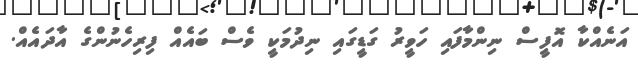
އަނެއްކާ އޮފީސް ނިންމާފައި ހަވީރު ގަޑީގައި ނިދުމަކީ ވެސް ބައެއް ފިރިހެނުންގެ އާދައެއް.